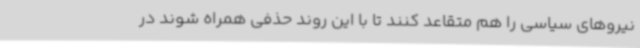
نیروهای سیاسی را هم متقاعد کنند تا با این روند حذفی همراه شوند در